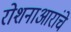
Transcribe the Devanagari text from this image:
रोशनाआरांचे